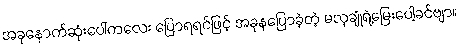
အခုနောက်ဆုံးပေါ်ကလေး ပြောရရင်ဖြင့် အခုနပြောခဲ့တဲ့ မလှချုံရဲ့မြေးပေါ့ခင်ဗျာ။